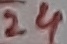
Text: 24